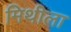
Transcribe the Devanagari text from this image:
मिथीला